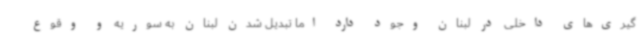
گیری‌های داخلی در لبنان وجود دارد اما تبدیل شدن لبنان به سوریه و وقوع